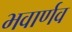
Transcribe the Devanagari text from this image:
भवार्णव